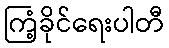
ကြံ့ခိုင်ရေးပါတီ